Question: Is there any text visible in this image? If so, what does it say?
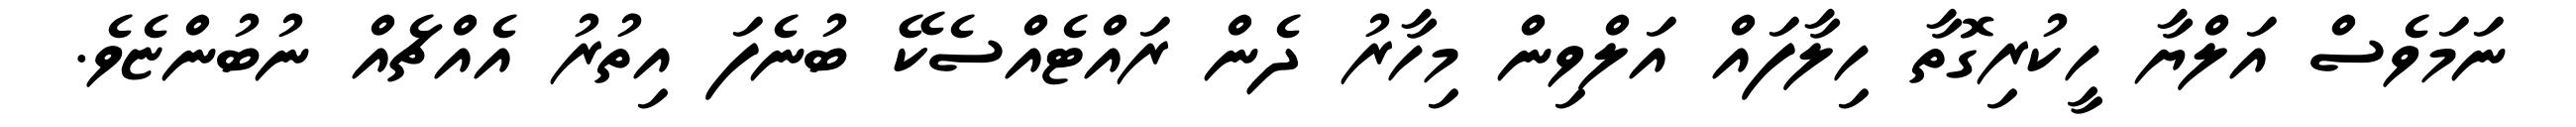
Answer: ނަމަވެސް އަލްޔާ ހީކުރިގޮތާ ހިލާފައް އަލްވިން މިހާރު ދެން ރައްޓެއްސެކޭ ބުނެފަ އިތުރު އެއްޗެއް ނުބުންޏެވެ.